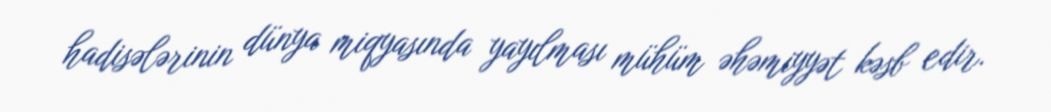
hadisələrinin dünya miqyasında yayılması mühüm əhəmiyyət kəsb edir.